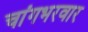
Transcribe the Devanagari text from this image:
चांगभरवार